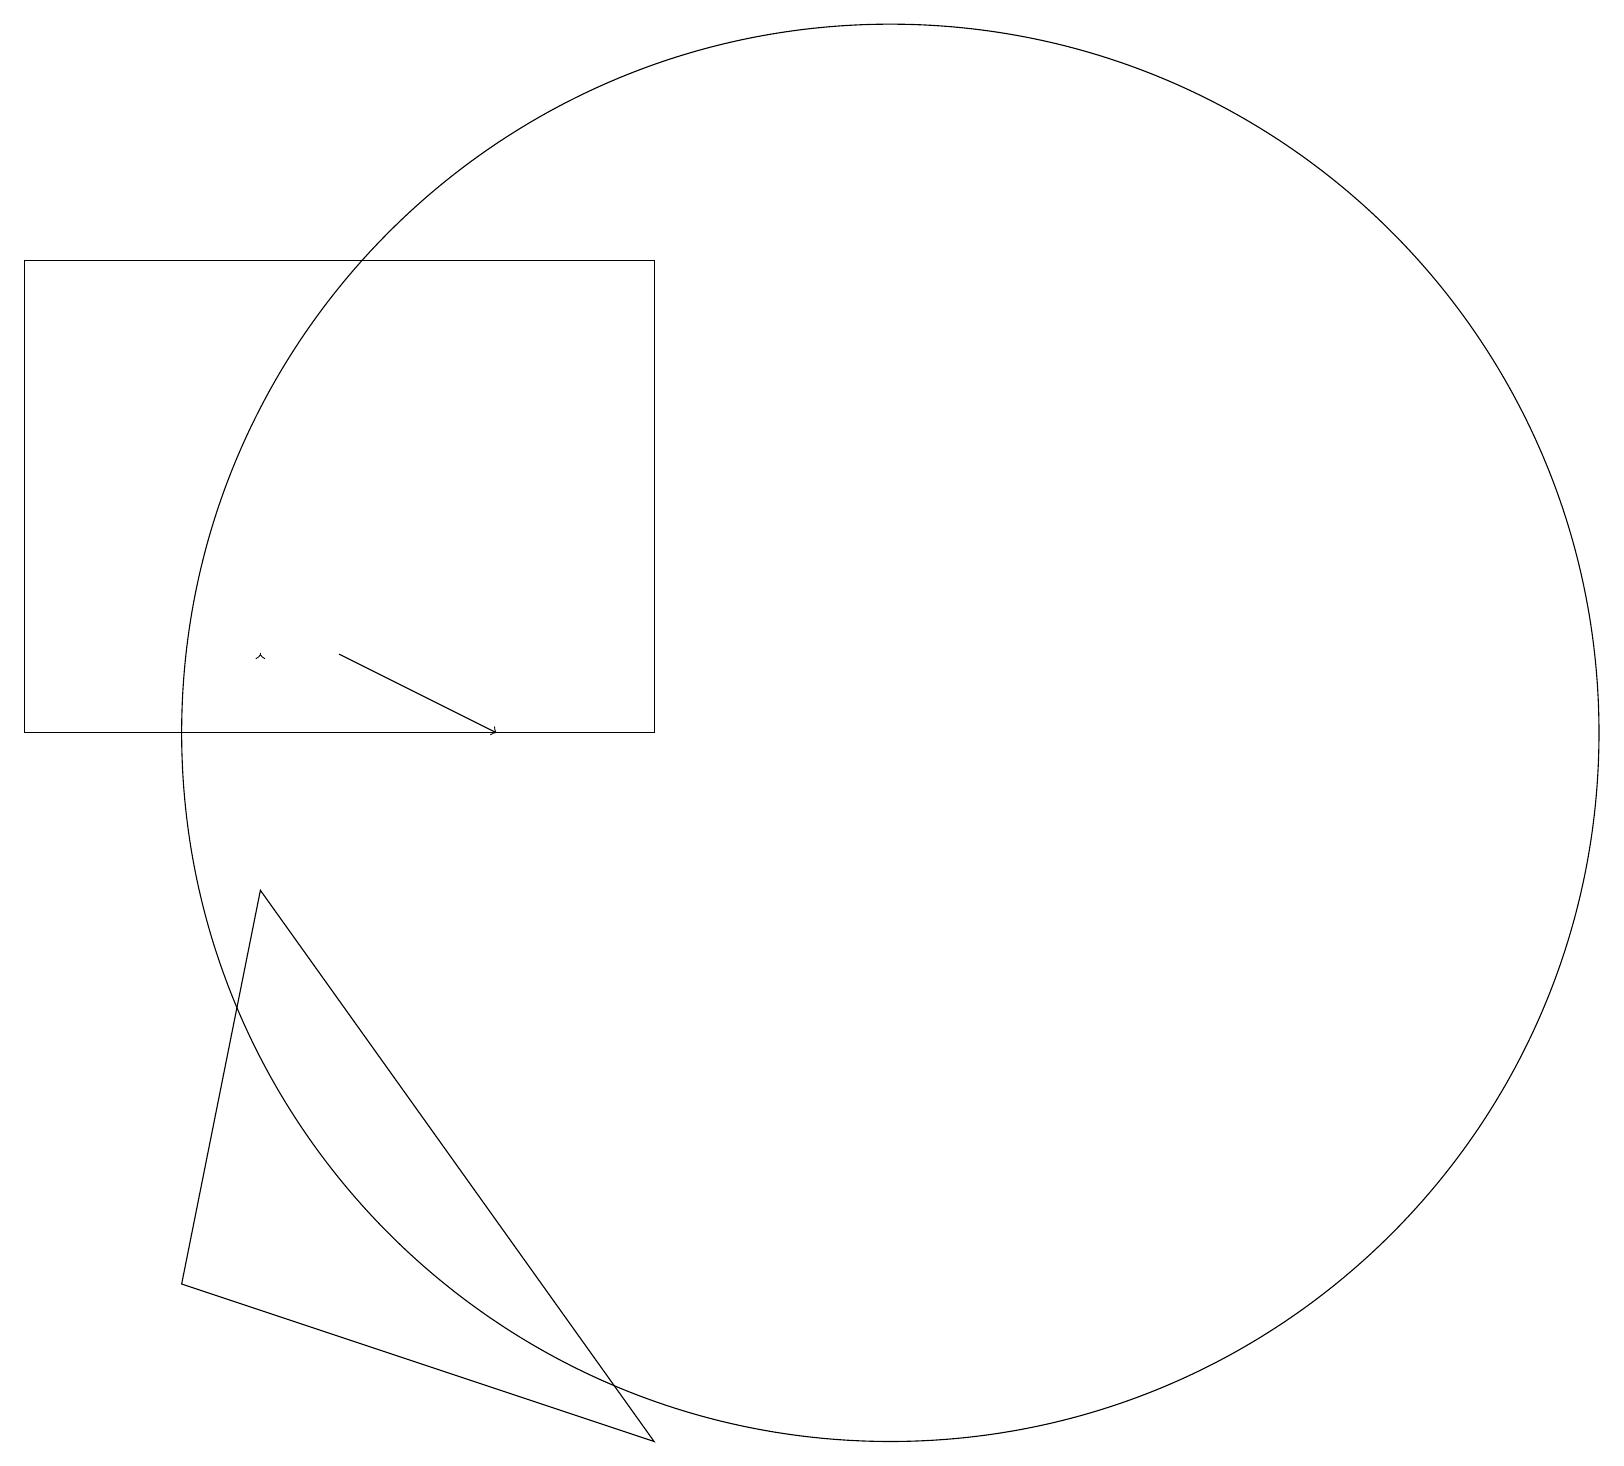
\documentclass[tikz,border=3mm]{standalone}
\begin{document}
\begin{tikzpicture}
\draw (8,11) rectangle (0,17);
\draw[->] (4,12) -- (6,11);
\draw (3,9) -- (2,4) -- (8,2) -- cycle;
\draw (11,11) circle (9);
\draw[->] (3,12) -- (3,12);
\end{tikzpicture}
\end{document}